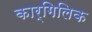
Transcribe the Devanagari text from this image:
कार्गिलिक